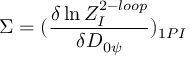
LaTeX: \Sigma = ( \frac { \delta \ln Z _ { I } ^ { 2 - l o o p } } { \delta { \cal D } _ { 0 \psi } } ) _ { 1 P I }